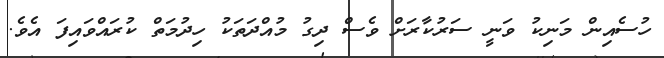
ހުސެއިން މަނިކު ވަނީ ސަރުކާރަށް ވެސް ދިގު މުއްދަތަކު ހިދުމަތް ކުރައްވައިފަ އެވެ.